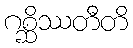
ဂစ္ဆိဿတီတိ